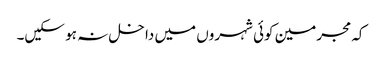
کہ مجرمین کوئی شہروں میں داخل نہ ہو سکیں۔